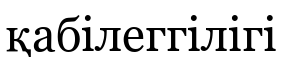
қабілеггілігі